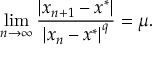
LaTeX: \operatorname* { l i m } _ { n \rightarrow \infty } { \frac { \left| x _ { n + 1 } - x ^ { * } \right| } { \left| x _ { n } - x ^ { * } \right| ^ { q } } } = \mu .